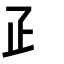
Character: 𤴔